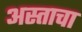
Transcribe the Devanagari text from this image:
अस्ताचा